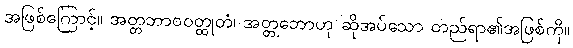
အဖြစ်ကြောင့်။ အတ္တဘာဝဝတ္ထုတံ၊ အတ္တဘောဟု ဆိုအပ်သော တည်ရာ၏အဖြစ်ကို။